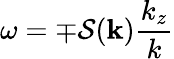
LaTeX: \omega=\mp\mathcal{S}(\mathbf{k})\frac{k_{z}}{k}